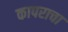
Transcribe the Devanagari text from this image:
कापराचा